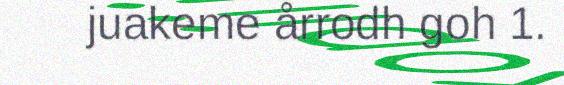
juakeme årrodh goh 1.